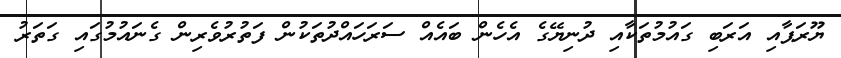
ޔޫރަޕާއި އަރަބި ގައުމުތަކާއި ދުނިޔޭގެ އެހެން ބައެއް ސަރަހައްދުތަކުން ފަތުރުވެރިން ގެނައުމުގައި ގަތަރު